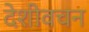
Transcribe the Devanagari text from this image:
देशीवचन